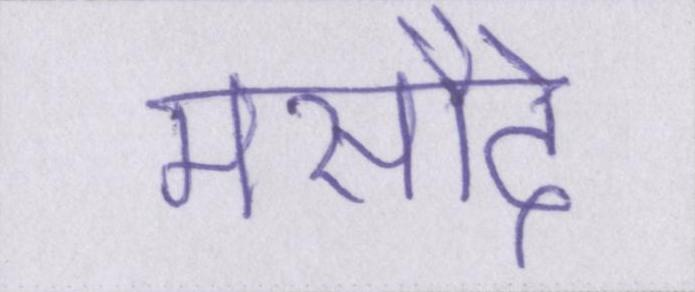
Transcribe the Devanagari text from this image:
मसौदे